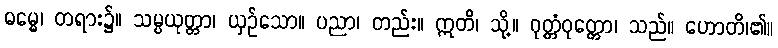
ဓမ္မေ၊ တရား၌။ သမ္ပယုတ္တာ၊ ယှဉ်သော။ ပညာ၊ တည်း။ ဣတိ၊ သို့။ ဝုတ္တံဝုတ္တော၊ သည်။ ဟောတိ၊၏။